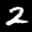
Label: 2